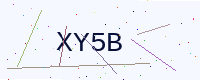
Text: XY5B